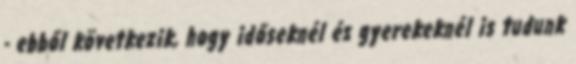
- ebből következik, hogy időseknél és gyerekeknél is tudunk